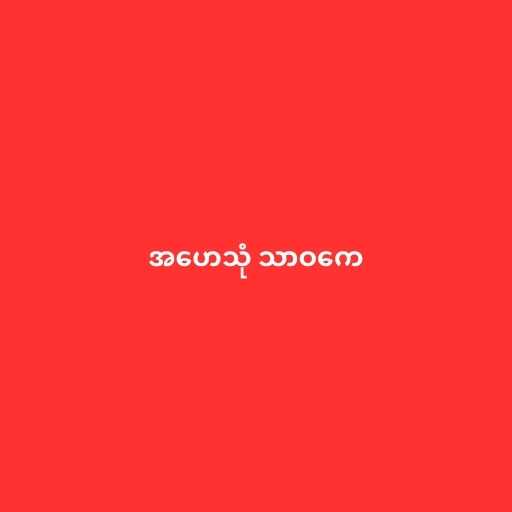
အဟေသုံ သာဝကေ